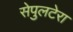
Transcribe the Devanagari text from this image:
सेपुलटेरा